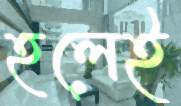
হলেই